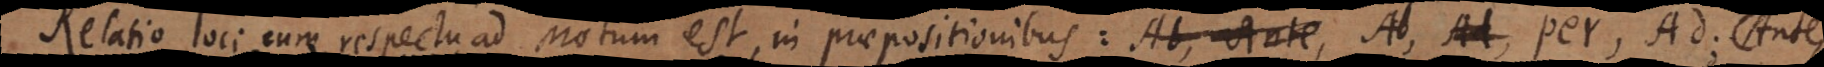
Relatio loci cum respectu ad Motum est in praepositionibus: Ab, Ante Ad Per, Ad;, Ante,